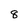
Character: 8